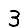
Digit: 3